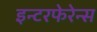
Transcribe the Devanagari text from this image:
इन्टरफेरेन्स